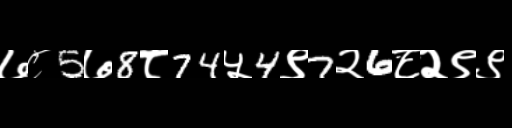
Text: ७८5७8८74५4९7२6८२९९